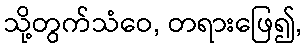
သို့တွက်သံဝေ, တရားဖြေ၍,